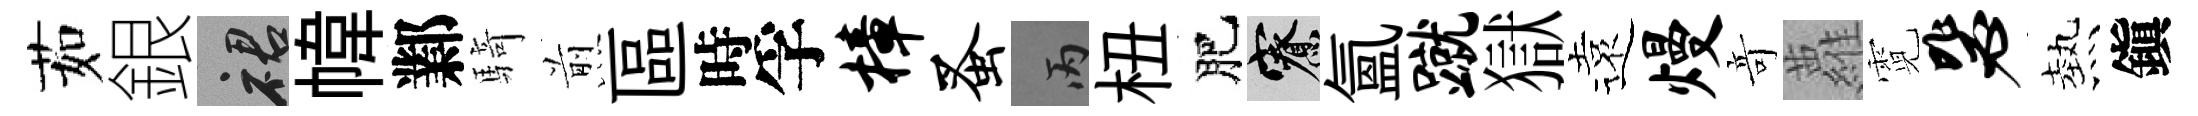
茹銀裙幃鄴騎煎區時孚樟蚤丙杻肥寮氳蹴獄遠熳竒蘿霓毖熱鎭